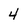
Character: 4